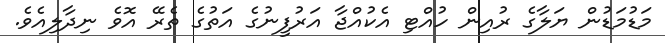
މަޑުމަޑުން ޔަލާގެ ރުއިން ހުއްޓި އެކުއްޖާ އަރުފީނުގެ އަތުގެ ތެރޭ އޮވެ ނިދާލިއެވެ.